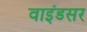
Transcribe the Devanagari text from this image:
वाइंडसर